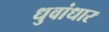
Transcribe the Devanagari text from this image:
धुवांधार